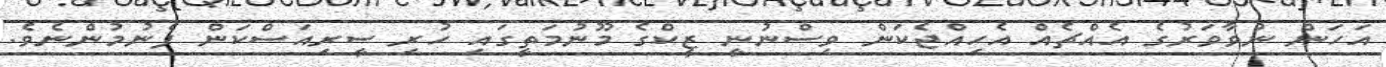
އަހަން ނުވާވަރުގެ އެއްޗެއް އެހިއްޖެކަން ވިސްނުނީ ޒީކްގެ މޫނުމަތީގައި ހުރި ސީރިއަސްކަން ފެނުމުންނެވެ.